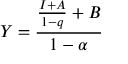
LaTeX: Y = { \frac { { \frac { I + A } { 1 - q } } + B } { 1 - \alpha } } \,